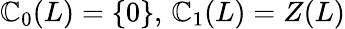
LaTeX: \mathbb{C}_{0}(L)=\{ 0\} ,\, \mathbb{C}_{1}(L)=Z(L)